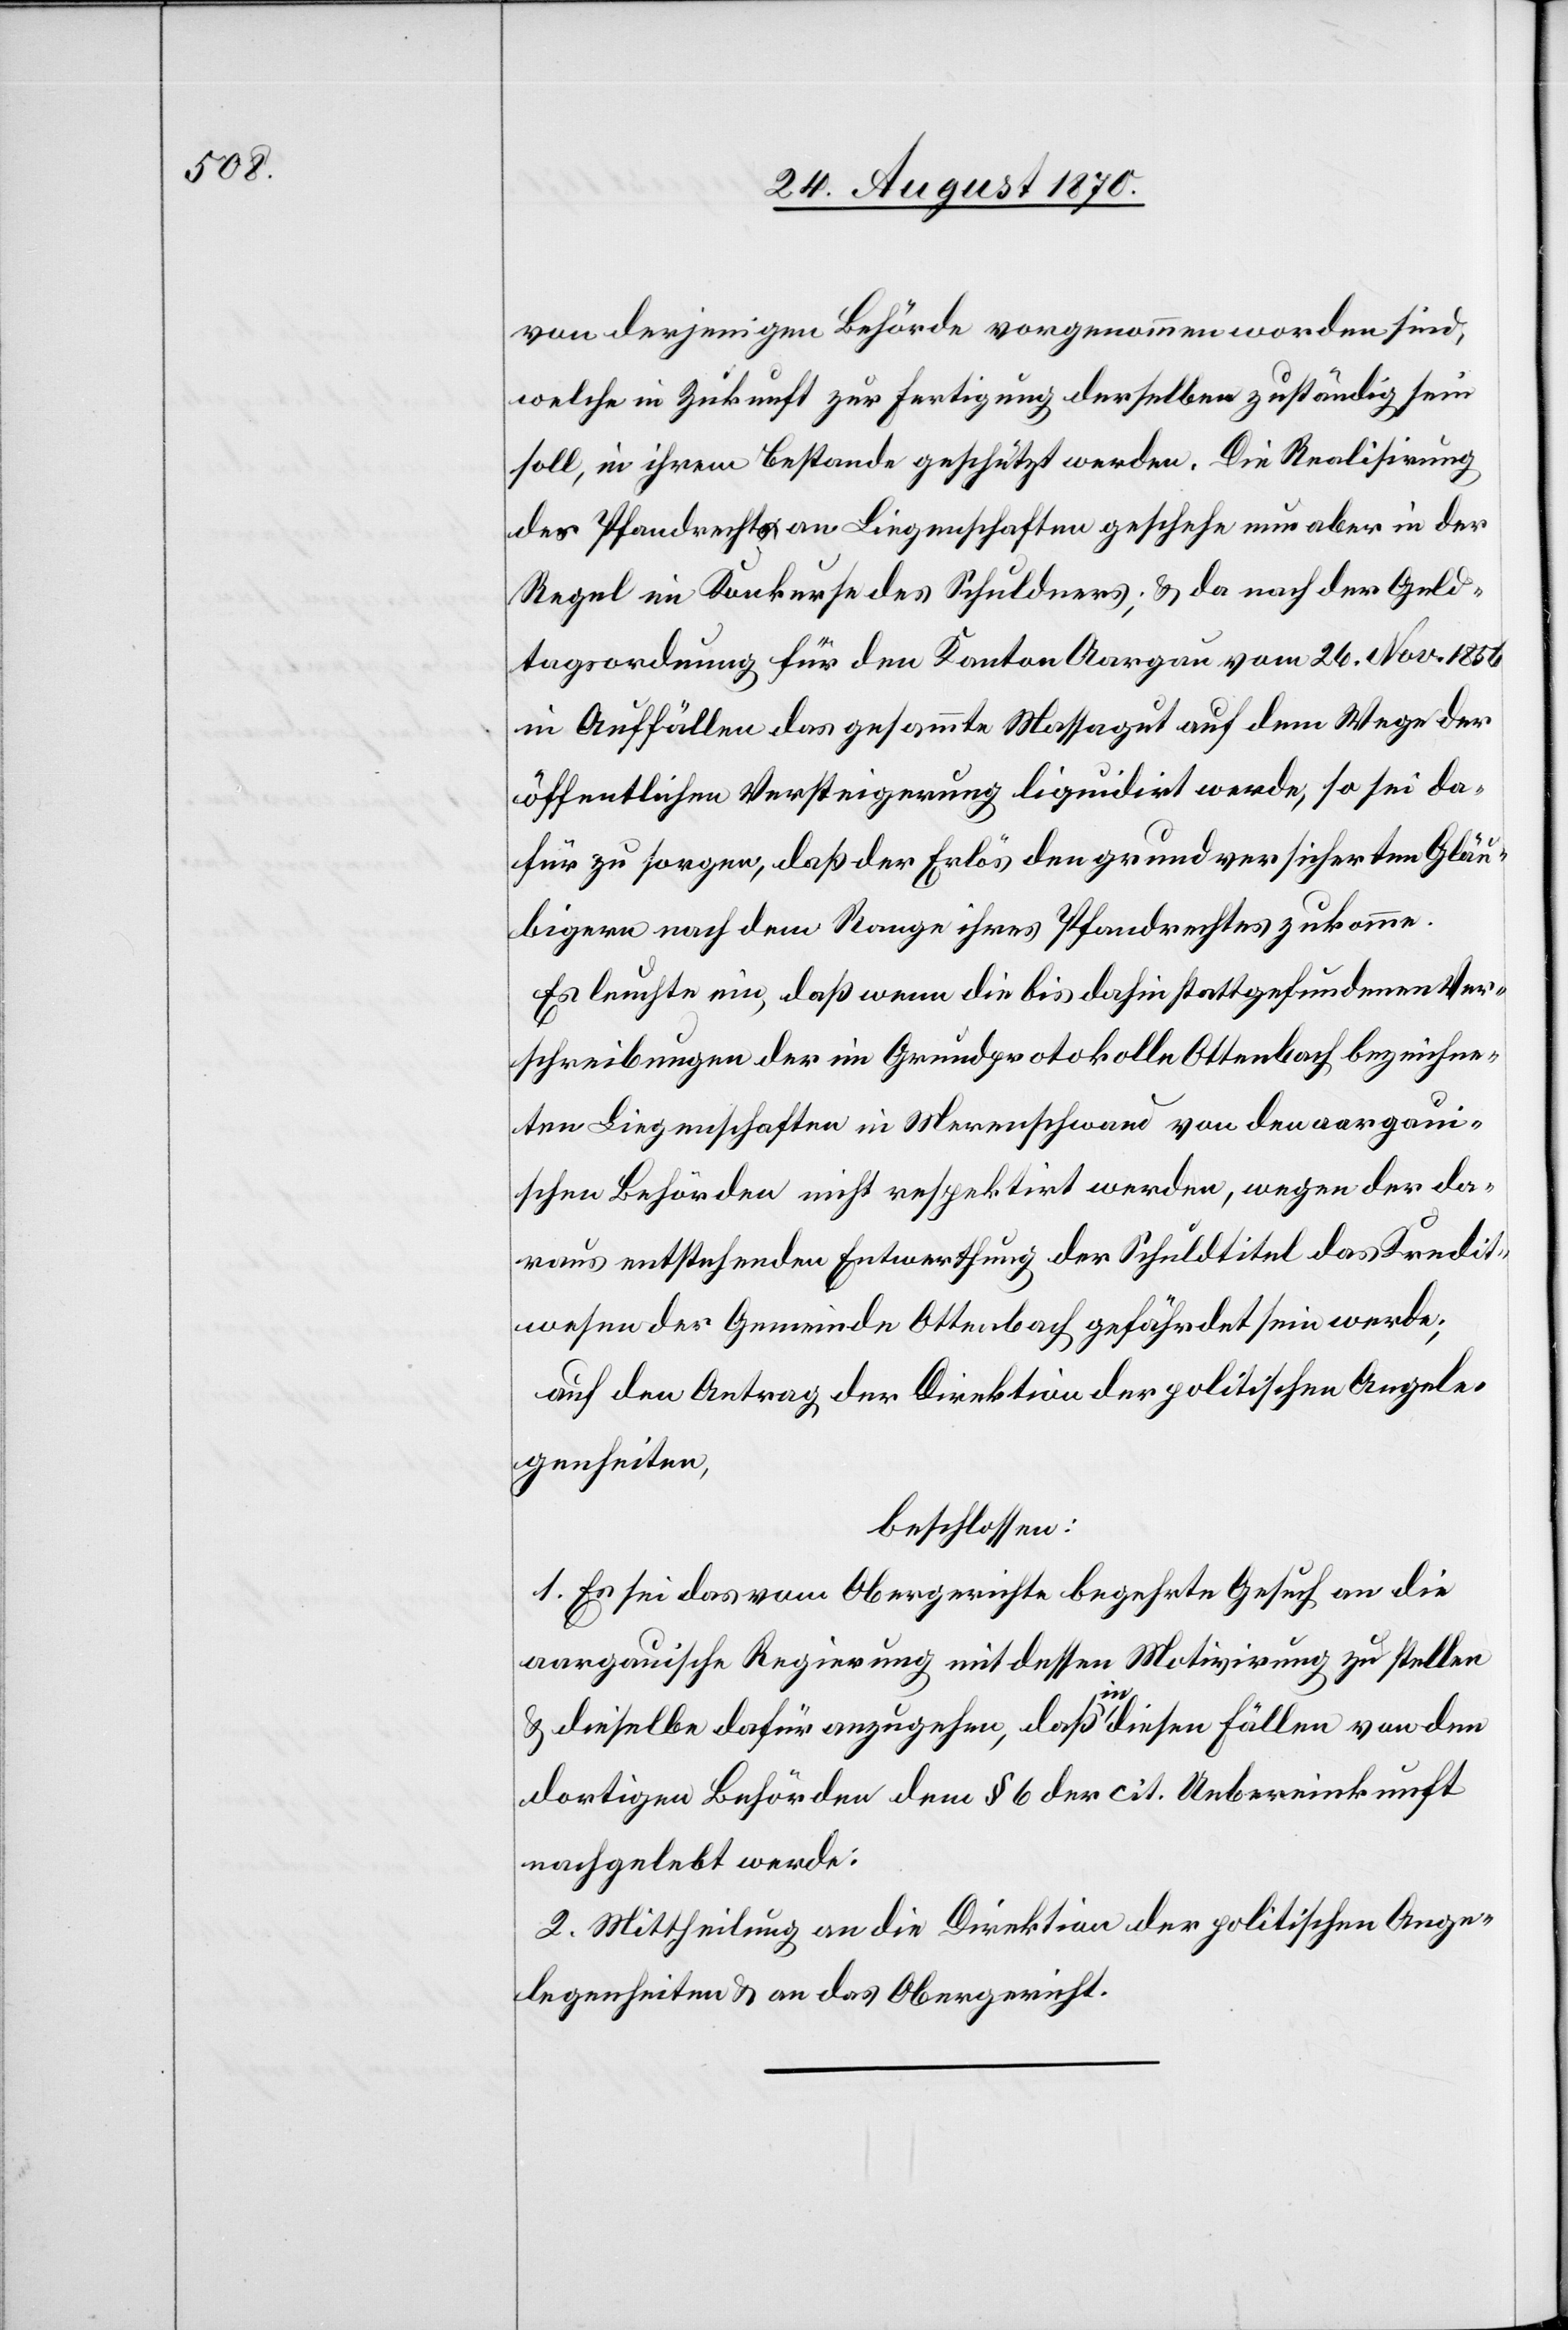
von derjenigen Behörde vorgenommen worden sind,
welche in Zukunft zur Fertigung derselben zuständig sein
soll, in ihrem Bestande geschützt werden. Die Realisierung
des Pfandrechts an Liegenschaften geschehe nun aber in der
Regel im Konkurse des Schuldners; & da nach der Geld¬
tagsordnung für den Kanton Aargau vom 26. Nov. 1856
in Auffällen das gesammte Massagut auf dem Wege der
öffentlichen Versteigerung liquidirt werde, so sei da¬
für zu sorgen, daß der Erlös den grundversicherten Gläu¬
bigern nach dem Range ihres Pfandrechtes zukomme.
Es leuchte ein, daß wenn die bis dahin stattgefundenen Ver¬
schreibungen der im Grundprotokolle Ottenbach bezeichne¬
ten Liegenschaften in Merenschwand von den aargau¬
ischen Behörden nicht respektirt werden, wegen der da¬
raus entstehenden Entwerthung der Schuldtitel das Kredit¬
wesen der Gemeinde Ottenbach gefährdet sein werde;
auf den Antrag der Direktion der politischen Angele¬
genheiten,
beschlossen:
1. Es sei das vom Obergerichte begehrte Gesuch an die
aargauische Regierung mit dessen Motivirung zu stellen
& dieselbe dafür anzugehen, daß in diesen Fällen von den
dortigen Behörden dem § 6 der cit. Uebereinkunft
nachgelebt werde.
2. Mittheilung an die Direktion der politischen Ange¬
legenheiten & an das Obergericht.